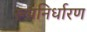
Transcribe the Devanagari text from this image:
रूपनिर्धारण